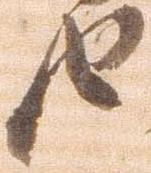
由